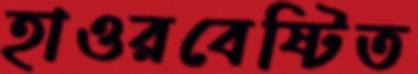
হাওরবেষ্টিত